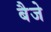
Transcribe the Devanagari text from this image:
बैजे